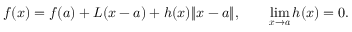
f ( { \boldsymbol { x } } ) = f ( { \boldsymbol { a } } ) + L ( { \boldsymbol { x } } - { \boldsymbol { a } } ) + h ( { \boldsymbol { x } } ) \lVert { \boldsymbol { x } } - { \boldsymbol { a } } \rVert , \qquad \operatorname* { l i m } _ { { \boldsymbol { x } } \to { \boldsymbol { a } } } h ( { \boldsymbol { x } } ) = 0 .